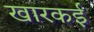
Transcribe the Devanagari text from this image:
खारकई